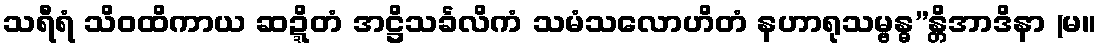
သရီရံ သိဝထိကာယ ဆဍ္ဍိတံ အဋ္ဌိသင်္ခလိကံ သမံသလောဟိတံ နဟာရုသမ္ဗန္ဓ”န္တိအာဒိနာ (မ။